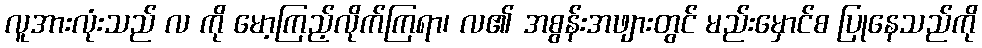
လူအားလုံးသည် လ ကို မော့ကြည့်လိုက်ကြရာ၊ လ၏ အစွန်းအဖျားတွင် မည်းမှောင်စ ပြုနေသည်ကို